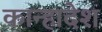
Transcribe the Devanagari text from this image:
कान्हादेश